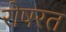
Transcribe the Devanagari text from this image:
रोषरत